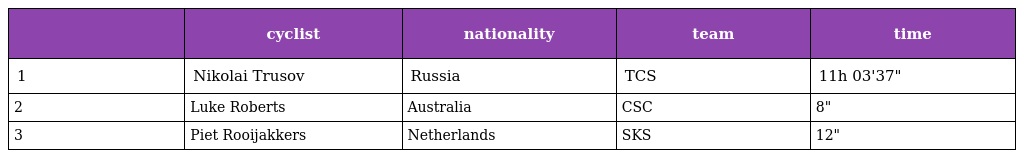
|  | cyclist | nationality | team | time |
 | --- | --- | --- | --- | --- |
 | 1 | Nikolai Trusov | Russia | TCS | 11h 03'37" |
 | 2 | Luke Roberts | Australia | CSC | 8" |
 | 3 | Piet Rooijakkers | Netherlands | SKS | 12" |